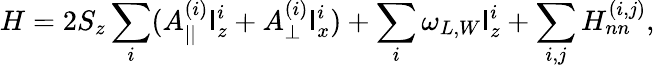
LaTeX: H=2S_{z}\sum_{i}(A_{||}^{(i)}\mathsf{I}_{z}^{i}+A_{\perp}^{(i)}\mathsf{I}_{x}^{i})+\sum_{i}\omega_{L,W}\mathsf{I}_{z}^{i}+\sum_{i,j}H_{nn}^{(i,j)},